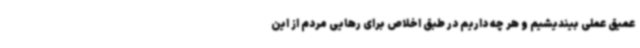
عمیق عملی بیندیشیم و هر چه داریم در طبق اخلاص برای رهایی مردم از این